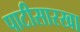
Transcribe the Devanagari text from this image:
पाटीसारखा